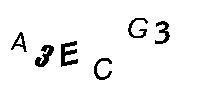
A3ECG3